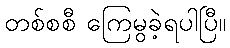
တစ်စစီ ကြေမွခဲ့ရပါပြီ။